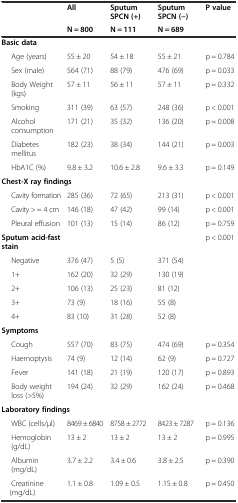
<table><thead><tr><td rowspan="2"></td><td><b>All</b></td><td><b>Sputum SPCN (+)</b></td><td><b>Sputum SPCN (−)</b></td><td><b>P value</b></td></tr><tr><td><b>N = 800</b></td><td><b>N = 111</b></td><td><b>N = 689</b></td><td></td></tr></thead><tbody><tr><td colspan="5"><b>Basic data</b></td></tr><tr><td>Age (years)</td><td>55 ± 20</td><td>54 ± 18</td><td>55 ± 21</td><td>p = 0.784</td></tr><tr><td>Sex (male)</td><td>564 (71)</td><td>88 (79)</td><td>476 (69)</td><td>p = 0.033</td></tr><tr><td>Body Weight (kgs)</td><td>57 ± 11</td><td>56 ± 11</td><td>57 ± 11</td><td>p = 0.332</td></tr><tr><td>Smoking</td><td>311 (39)</td><td>63 (57)</td><td>248 (36)</td><td>p &lt; 0.001</td></tr><tr><td>Alcohol consumption</td><td>171 (21)</td><td>35 (32)</td><td>136 (20)</td><td>p = 0.008</td></tr><tr><td>Diabetes mellitus</td><td>182 (23)</td><td>38 (34)</td><td>144 (21)</td><td>p = 0.003</td></tr><tr><td>HbA1C (%)</td><td>9.8 ± 3.2</td><td>10.6 ± 2.8</td><td>9.6 ± 3.3</td><td>p = 0.149</td></tr><tr><td colspan="5"><b>Chest-X ray findings</b></td></tr><tr><td>Cavity formation</td><td>285 (36)</td><td>72 (65)</td><td>213 (31)</td><td>p &lt; 0.001</td></tr><tr><td>Cavity &gt; = 4 cm</td><td>146 (18)</td><td>47 (42)</td><td>99 (14)</td><td>p &lt; 0.001</td></tr><tr><td>Pleural effusion</td><td>101 (13)</td><td>15 (14)</td><td>86 (12)</td><td>p = 0.759</td></tr><tr><td><b>Sputum acid-fast stain</b></td><td></td><td></td><td></td><td>p &lt; 0.001</td></tr><tr><td>Negative</td><td>376 (47)</td><td>5 (5)</td><td>371 (54)</td><td></td></tr><tr><td>1+</td><td>162 (20)</td><td>32 (29)</td><td>130 (19)</td><td></td></tr><tr><td>2+</td><td>106 (13)</td><td>25 (23)</td><td>81 (12)</td><td></td></tr><tr><td>3+</td><td>73 (9)</td><td>18 (16)</td><td>55 (8)</td><td></td></tr><tr><td>4+</td><td>83 (10)</td><td>31 (28)</td><td>52 (8)</td><td></td></tr><tr><td colspan="5"><b>Symptoms</b></td></tr><tr><td>Cough</td><td>557 (70)</td><td>83 (75)</td><td>474 (69)</td><td>p = 0.354</td></tr><tr><td>Haemoptysis</td><td>74 (9)</td><td>12 (14)</td><td>62 (9)</td><td>p = 0.727</td></tr><tr><td>Fever</td><td>141 (18)</td><td>21 (19)</td><td>120 (17)</td><td>p = 0.893</td></tr><tr><td>Body weight loss (&gt;5%)</td><td>194 (24)</td><td>32 (29)</td><td>162 (24)</td><td>p = 0.468</td></tr><tr><td colspan="5"><b>Laboratory findings</b></td></tr><tr><td>WBC (cells/μl)</td><td>8469 ± 6840</td><td>8758 ± 2772</td><td>8423 ± 7287</td><td>p = 0.136</td></tr><tr><td>Hemoglobin (g/dL)</td><td>13 ± 2</td><td>13 ± 2</td><td>13 ± 2</td><td>p = 0.995</td></tr><tr><td>Albumin (mg/dL)</td><td>3.7 ± 2.2</td><td>3.4 ± 0.6</td><td>3.8 ± 2.5</td><td>p = 0.390</td></tr><tr><td>Creatinine (mg/dL)</td><td>1.1 ± 0.8</td><td>1.09 ± 0.5</td><td>1.15 ± 0.8</td><td>p = 0.450</td></tr></tbody></table>